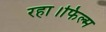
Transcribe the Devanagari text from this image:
रहा।फिल्म